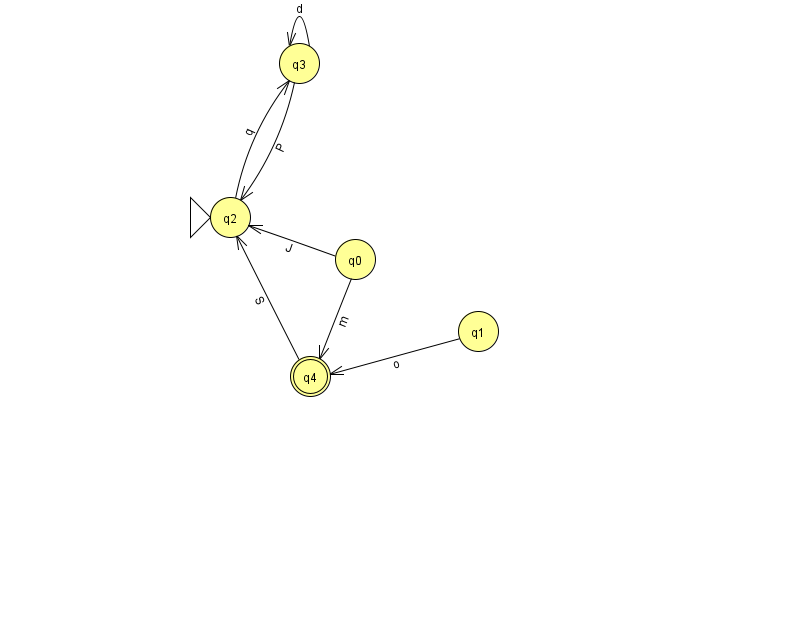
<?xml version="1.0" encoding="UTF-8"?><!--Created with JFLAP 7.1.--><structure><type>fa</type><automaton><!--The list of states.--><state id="0" name="q0"><x>355.0</x><y>246.0</y></state><state id="1" name="q1"><x>478.0</x><y>318.0</y></state><state id="2" name="q2"><x>230.0</x><y>204.0</y><initial/></state><state id="3" name="q3"><x>299.0</x><y>50.0</y></state><state id="4" name="q4"><x>310.0</x><y>363.0</y><final/></state><!--The list of transitions.--><transition><from>0</from><to>4</to><read>m</read></transition><transition><from>0</from><to>2</to><read>J</read></transition><transition><from>3</from><to>3</to><read>d</read></transition><transition><from>1</from><to>4</to><read>o</read></transition><transition><from>3</from><to>2</to><read>P</read></transition><transition><from>2</from><to>3</to><read>q</read></transition><transition><from>4</from><to>2</to><read>S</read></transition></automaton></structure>